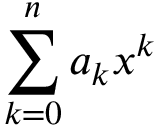
\sum _ { k = 0 } ^ { n } a _ { k } x ^ { k }